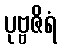
ပုဗ္ဗဇိရံ